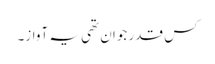
کس قدر جوان تھی یہ آواز۔